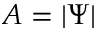
A = | \Psi |